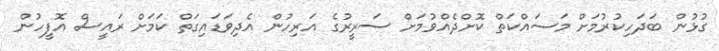
ގުޅުން ބަދަހިކުރުމަށް މަސައްކަތް ކޮށްދެއްވުމަށް ސަރީރުގެ އަރިހުން އެދިވަޑައިގަތް ކަމަށް ރައީސް އޮފީހުން